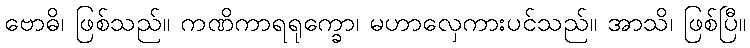
ဗောဓိ၊ ဖြစ်သည်။ ကဏိကာရရုက္ခော၊ မဟာလှေကားပင်သည်။ အာသိ၊ ဖြစ်ပြီ။